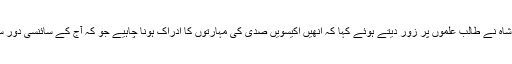
پروگرام کے شرکاء سے خطاب کرتےہوئے مہمان ِ خصوصی عین شاہ نے طالب علموں پر زور دیتے ہوئے کہا کہ انھیں اکیسویں صدی کی مہارتوں کا ادراک ہونا چاہیے جو کہ آج کے سائنسی دور سے طلبہ و طالبات کو ہم آہنگ کرنے کے لیے نہایت ضروری ہے ۔